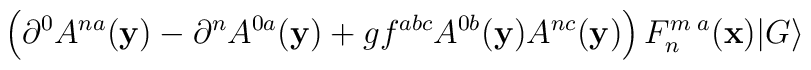
\left( \partial ^0 A ^{n a} ({\bf y}) - \partial ^n A ^{0 a} ({\bf y})+ g f^{abc} A^{0b} ({\bf y}) A^{nc} ({\bf y}) \right) F^{m \; a} _n ({\bf x})\vert G \rangle